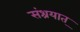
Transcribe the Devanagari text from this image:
संश्रयात्